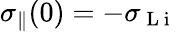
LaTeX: \sigma_{\parallel}(0)=-\sigma_{\mathrm{~L~i~}}